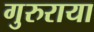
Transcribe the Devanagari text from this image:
गुरुराया